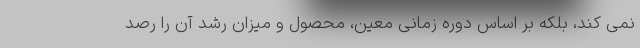
نمی کند، بلکه بر اساس دوره زمانی معین، محصول و میزان رشد آن را رصد